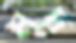
মুদ্